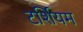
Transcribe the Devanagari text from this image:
टर्शियम